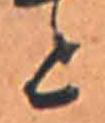
と